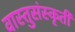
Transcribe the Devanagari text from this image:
वास्तुसंस्कृती